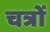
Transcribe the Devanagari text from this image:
चत्रों